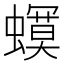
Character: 𧒳